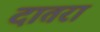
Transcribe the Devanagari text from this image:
दातरा